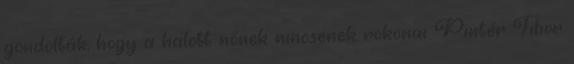
gondolták, hogy a halott nőnek nincsenek rokonai Pintér Tibor